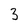
Character: 3